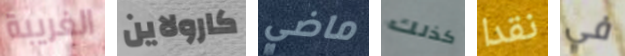
الغريبة كارولاين ماضي كذلك نقدا في